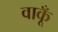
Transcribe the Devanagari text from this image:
वाकूँ